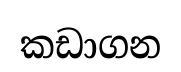
කඩාගන